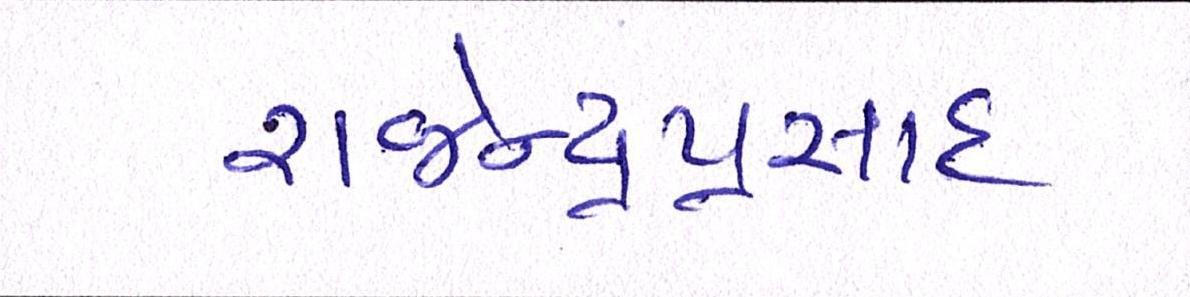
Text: રાજેન્દ્રપ્રસાદ